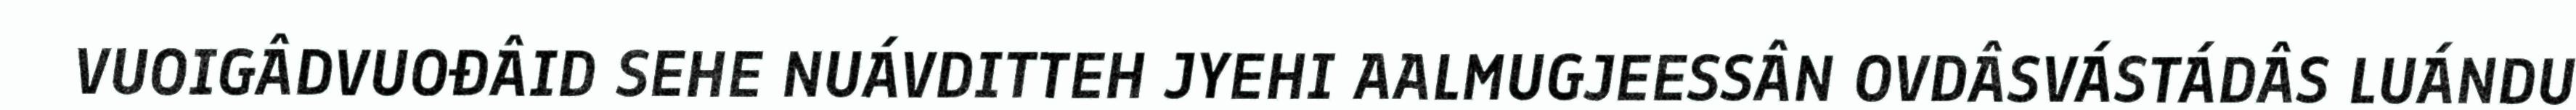
VUOIGÂDVUOĐÂID SEHE NUÁVDITTEH JYEHI AALMUGJEESSÂN OVDÂSVÁSTÁDÂS LUÁNDU